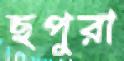
ছপুরা